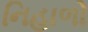
નિહાળો